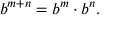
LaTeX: b ^ { m + n } = b ^ { m } \cdot b ^ { n } .